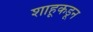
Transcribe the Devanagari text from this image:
शाहूकडून